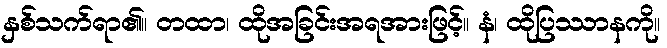
နှစ်သက်ရာ၏။ တထာ၊ ထိုအခြင်းအရအားဖြင့်။ နံ၊ ထိုပြဿာနကို။